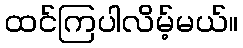
ထင်ကြပါလိမ့်မယ်။